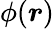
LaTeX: \phi(\boldsymbol{r})